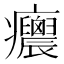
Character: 𤼝